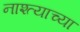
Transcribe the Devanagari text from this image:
नाश्त्याच्या